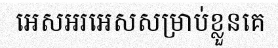
អេសអរអេសសម្រាប់ខ្លួនគេ